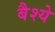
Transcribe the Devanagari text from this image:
बैश्ये